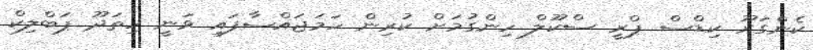
ކެންގަރޫ ކިޑްސް ޕްރީ ސްކޫލް ހިންގުމަށް ކުރިން ހަމަޖައްސާފައި ވަނީ ހިތަދޫ ޕަބްލިކް